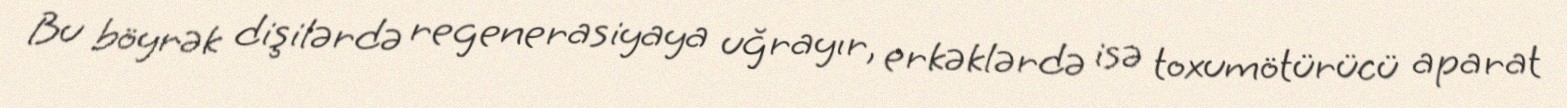
Bu böyrək dişilərdə regenerasiyaya uğrayır, erkəklərdə isə toxumötürücü aparat